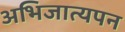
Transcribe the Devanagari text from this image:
अभिजात्यपन